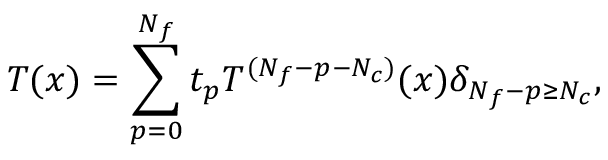
T ( x ) = \sum _ { p = 0 } ^ { N _ { f } } t _ { p } T ^ { ( N _ { f } - p - N _ { c } ) } ( x ) \delta _ { N _ { f } - p \geq N _ { c } } ,